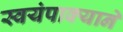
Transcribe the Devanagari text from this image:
स्वयंपाक्याने